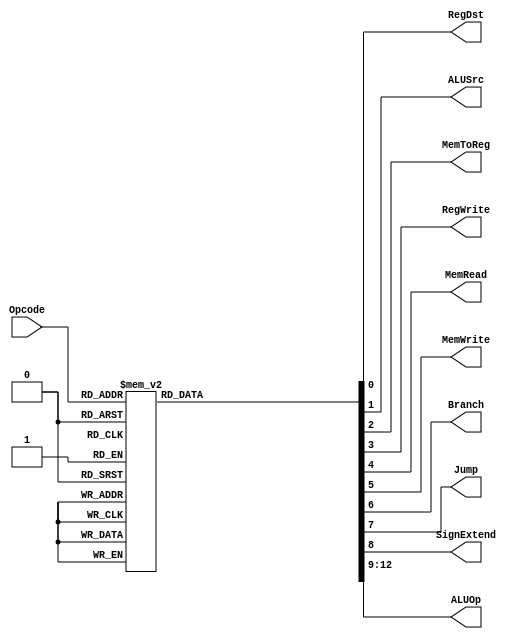
`timescale 1ns / 1ps
//////////////////////////////////////////////////////////////////////////////////
// Company: 
// Engineer: 
// 
// Design Name: 
// Module Name:    SingleCycleControl 
// Project Name: 
// Target Devices: 
// Tool versions: 
// Description: 
//
// Dependencies: 
//
// Revision: 
// Revision 0.01 - File Created
// Additional Comments: 
//
//////////////////////////////////////////////////////////////////////////////////

`define RTYPEOPCODE		6'b000000
`define LWOPCODE		6'b100011
`define SWOPCODE        6'b101011
`define BEQOPCODE       6'b000100
`define JOPCODE			6'b000010
`define ORIOPCODE		6'b001101
`define ADDIOPCODE		6'b001000
`define ADDIUOPCODE		6'b001001
`define ANDIOPCODE		6'b001100
`define LUIOPCODE       6'b001111
`define SLTIOPCODE		6'b001010
`define SLTIUOPCODE		6'b001011
`define XORIOPCODE		6'b001110

`define AND     		4'b0000
`define OR      		4'b0001
`define ADD     		4'b0010
`define SLL     		4'b0011
`define SRL     		4'b0100
`define SUB     		4'b0110
`define SLT     		4'b0111
`define ADDU    		4'b1000
`define SUBU    		4'b1001
`define XOR     		4'b1010
`define SLTU    		4'b1011
`define NOR     		4'b1100
`define SRA     		4'b1101
`define LUI     		4'b1110
`define FUNC    		4'b1111

module SingleCycleControl(RegDst, ALUSrc, MemToReg, RegWrite, MemRead, MemWrite, Branch, Jump, SignExtend, ALUOp, Opcode);
	
	// Inputs
	input [5:0] Opcode;

	// Outputs
	output RegDst;         // For dest register : 0-> 20-16 or  1-> 15-11 
	output ALUSrc;         // 0 - Logical operations - register values, 1 - Immediate / Arithmetic values
	output MemToReg;       // 0 -> ALU output written back to register, 1-> data memory written to register eg. Load
	output RegWrite;       // Write enable for register
	output MemRead;        // Read enable for data memory
	output MemWrite;       // Write enable for data memory
	output Branch;         // Branch instruction or not
	output Jump;           // Jump instruction or not
	output SignExtend;     // Sign extend enable flag
	output [3:0] ALUOp;    // ALUopcode into ALU control to decide ALU operation
     
	reg RegDst, ALUSrc, MemToReg, RegWrite, MemRead, MemWrite, Branch, Jump, SignExtend;
	reg  [3:0] ALUOp;
	always @ (Opcode) begin
		case(Opcode)
			`RTYPEOPCODE: begin			// R-type instructions: RegDst and Regwrite is 1
				RegDst <= #2 1'b1;		// dest register address = Instruction[15:11]
				ALUSrc <= #2 1'b0;
				MemToReg <= #2 1'b0;
				RegWrite <= #2 1'b1;	// Write to register
				MemRead <= #2 1'b0;
				MemWrite <= #2 1'b0;
				Branch <= #2 1'b0;
				Jump <= #2 1'b0;
				SignExtend <= #2 1'bx;
				ALUOp <= #2 `FUNC;
			end
			
			`LWOPCODE: begin
				RegDst <= #2 1'b0;		// dest register address = Instruction[20:16]
				ALUSrc <= #2 1'b1;		// effective address calculation using offset
				MemToReg <= #2 1'b1;	// load data from memory to register
				RegWrite <= #2 1'b1;	// write data to register
				MemRead <= #2 1'b1;		// read from memory
				MemWrite <= #2 1'b0;
				Branch <= #2 1'b0;
				Jump <= #2 1'b0;
				SignExtend <= #2 1'b1;	// sign extended offset 
				ALUOp <= #2 `ADD;		// effective address calculation using ADD
			end
			
			`SWOPCODE: begin
				RegDst <= #2 1'bx;		// No register writes
				ALUSrc <= #2 1'b1;		// effective address calculation using offset
				MemToReg <= #2 1'bx;	// No loading of data from memory to register
				RegWrite <= #2 1'b0;
				MemRead <= #2 1'b0;
				MemWrite <= #2 1'b1;	// Write data into memory
				Branch <= #2 1'b0;
				Jump <= #2 1'b0;
				SignExtend <= #2 1'b1;	// sign extended offset 
				ALUOp <= #2 `ADD;		// effective address calculation using ADD
			end
			
			`BEQOPCODE: begin
				RegDst <= #2 1'bx;		// No register writes	
				ALUSrc <= #2 1'b0;		// Operands are read from registers
				MemToReg <= #2 1'b0;	// No loading of data from memory to register
				RegWrite <= #2 1'b0;
				MemRead <= #2 1'b0;
				MemWrite <= #2 1'b0;
				Branch <= #2 1'b1;		// Branch instruction
				Jump <= #2 1'b0;
				SignExtend <= #2 1'b1;
				ALUOp <= #2 `SUB;		// BEQ subtraction result used to decide branch taken / not taken
			end
			
			`JOPCODE: begin
				RegDst <= #2 1'bx;		// No register writes
				ALUSrc <= #2 1'bx;		// No ALU operations
				MemToReg <= #2 1'bx;	// No loading of data from memory to register
				RegWrite <= #2 1'b0;
				MemRead <= #2 1'b0;
				MemWrite <= #2 1'b0;
				Branch <= #2 1'b0;
				Jump <= #2 1'b1;		// Jump instruction
				SignExtend <= #2 1'b0;	// Sign extension not used for JUMP
				ALUOp <= #2 4'bxxxx;
			end
			
			`ORIOPCODE: begin
				RegDst <= #2 1'b0;		// dest register address = Instruction[20:16]
				ALUSrc <= #2 1'b1;		// Immediate value
				MemToReg <= #2 1'b0;
				RegWrite <= #2 1'b1;	// write data to register
				MemRead <= #2 1'b0;
				MemWrite <= #2 1'b0;
				Branch <= #2 1'b0;
				Jump <= #2 1'b0;
				SignExtend <= #2 1'b0;	// Not required for logical operations
				ALUOp <= #2 `OR;		// Logical OR operation
			end
			
			`ADDIOPCODE: begin
				RegDst <= #2 1'b0;		// dest register address = Instruction[20:16]
				ALUSrc <= #2 1'b1;		// Immediate value
				MemToReg <= #2 1'b0;
				RegWrite <= #2 1'b1;	// write data to register
				MemRead <= #2 1'b0;
				MemWrite <= #2 1'b0;
				Branch <= #2 1'b0;
				Jump <= #2 1'b0;
				SignExtend <= #2 1'b1;	// Sign extended for immediate values
				ALUOp <= #2 `ADD;		// ADD operation
			end
			
			`ADDIUOPCODE: begin
				RegDst <= #2 1'b0;		// dest register address = Instruction[20:16]
				ALUSrc <= #2 1'b1;		// Immediate value
				MemToReg <= #2 1'b0;
				RegWrite <= #2 1'b1;	// write data to register
				MemRead <= #2 1'b0;
				MemWrite <= #2 1'b0;
				Branch <= #2 1'b0;
				Jump <= #2 1'b0;
				SignExtend <= #2 1'b0;
				ALUOp <= #2 `ADDU;		// ADDU operation
			end
			
			`ANDIOPCODE: begin
				RegDst <= #2 1'b0;		// dest register address = Instruction[20:16]
				ALUSrc <= #2 1'b1;		// Immediate value
				MemToReg <= #2 1'b0;
				RegWrite <= #2 1'b1;	// write data to register
				MemRead <= #2 1'b0;
				MemWrite <= #2 1'b0;
				Branch <= #2 1'b0;
				Jump <= #2 1'b0;
				SignExtend <= #2 1'b0;
				ALUOp <= #2 `AND;		// Logical AND operation
			end
			
			`LUIOPCODE: begin
				RegDst <= #2 1'b0;		// dest register address = Instruction[20:16]
				ALUSrc <= #2 1'b1;		// Immediate value
				MemToReg <= #2 1'b0;
				RegWrite <= #2 1'b1;	// write data to register
				MemRead <= #2 1'b0;
				MemWrite <= #2 1'b0;
				Branch <= #2 1'b0;
				Jump <= #2 1'b0;
				SignExtend <= #2 1'b0;
				ALUOp <= #2 `LUI;		// LUI operation
			end
			
			`SLTIOPCODE: begin
				RegDst <= #2 1'b0;		// dest register address = Instruction[20:16]
				ALUSrc <= #2 1'b1;		// Immediate value
				MemToReg <= #2 1'b0;
				RegWrite <= #2 1'b1;	// write data to register
				MemRead <= #2 1'b0;
				MemWrite <= #2 1'b0;
				Branch <= #2 1'b0;
				Jump <= #2 1'b0;
				SignExtend <= #2 1'b1;	// Sign extended for immediate values
				ALUOp <= #2 `SLT;		// SLT operation
			end
			
			`SLTIUOPCODE: begin
				RegDst <= #2 1'b0;		// dest register address = Instruction[20:16]
				ALUSrc <= #2 1'b1;		// Immediate value
				MemToReg <= #2 1'b0;
				RegWrite <= #2 1'b1;	// write data to register
				MemRead <= #2 1'b0;
				MemWrite <= #2 1'b0;
				Branch <= #2 1'b0;
				Jump <= #2 1'b0;
				SignExtend <= #2 1'b0;
				ALUOp <= #2 `SLTU;		// SLTU operation
			end
			
			`XORIOPCODE: begin
				RegDst <= #2 1'b0;		// dest register address = Instruction[20:16]
				ALUSrc <= #2 1'b1;		// Immediate value
				MemToReg <= #2 1'b0;
				RegWrite <= #2 1'b1;	// write data to register
				MemRead <= #2 1'b0;
				MemWrite <= #2 1'b0;
				Branch <= #2 1'b0;
				Jump <= #2 1'b0;
				SignExtend <= #2 1'b0;
				ALUOp <= #2 `XOR;		// Logical XOR operation
			end
			
			default: begin
				RegDst <= #2 1'bx;
				ALUSrc <= #2 1'bx;
				MemToReg <= #2 1'bx;
				RegWrite <= #2 1'bx;
				MemRead <= #2 1'bx;
				MemWrite <= #2 1'bx;
				Branch <= #2 1'bx;
				Jump <= #2 1'bx;
				SignExtend <= #2 1'bx;
				ALUOp <= #2 4'bxxxx;
			end
		endcase
	end
endmodule